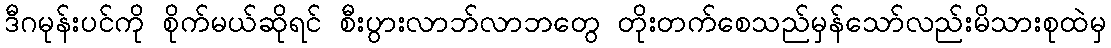
ဒီဂမုန်းပင်ကို စိုက်မယ်ဆိုရင် စီးပွားလာဘ်လာဘတွေ တိုးတက်စေသည်မှန်သော်လည်းမိသားစုထဲမှ